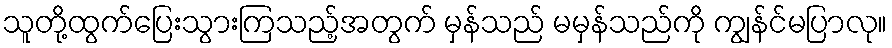
သူတို့ထွက်ပြေးသွားကြသည့်အတွက် မှန်သည် မမှန်သည်ကို ကျွန်င်မပြာလု။